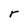
Character: r